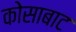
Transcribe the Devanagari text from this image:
कोसाबाट